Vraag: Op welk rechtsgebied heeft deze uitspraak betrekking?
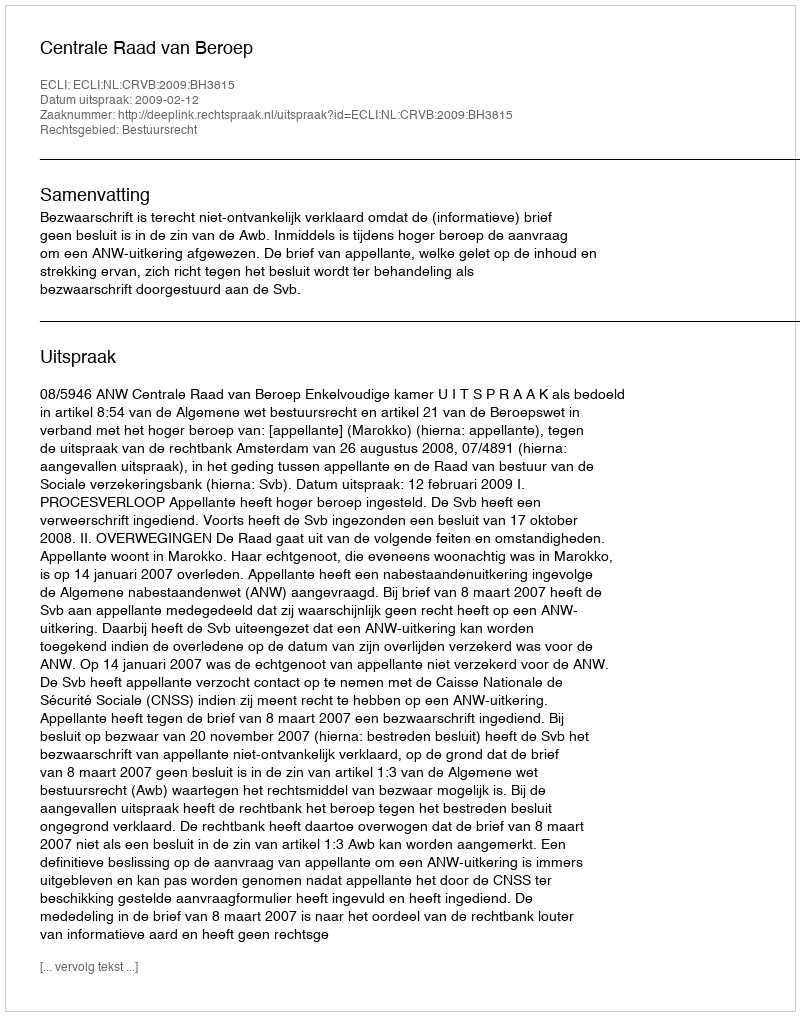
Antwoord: Bestuursrecht